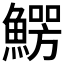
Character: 𩺑